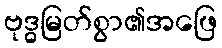
ဗုဒ္ဓမြတ်စွာ၏အဖြေ